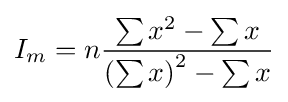
I_{m}=n{\frac {\sum x^{2}-\sum x}{\left(\sum x\right)^{2}-\sum x}}